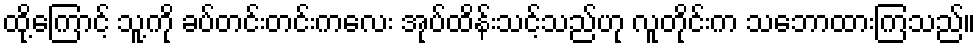
ထို့ကြောင့် သူ့ကို ခပ်တင်းတင်းကလေး အုပ်ထိန်းသင့်သည်ဟု လူတိုင်းက သဘောထားကြသည်။